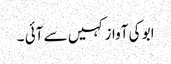
ابو کی آواز کہیں سے آئی ۔